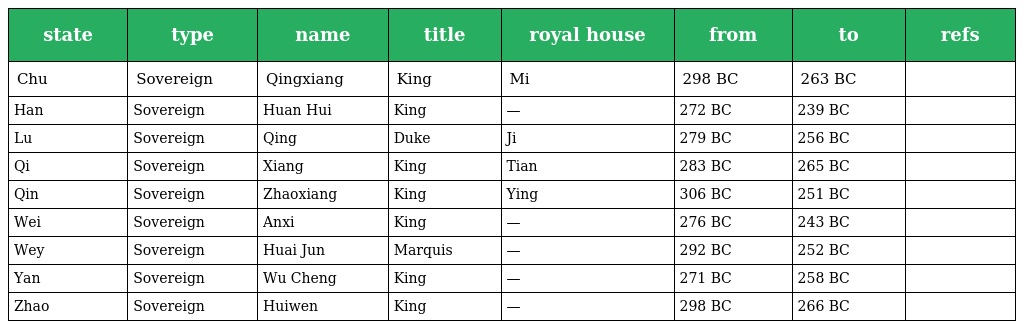
| state | type | name | title | royal house | from | to | refs |
 | --- | --- | --- | --- | --- | --- | --- | --- |
 | Chu | Sovereign | Qingxiang | King | Mi | 298 BC | 263 BC |  |
 | Han | Sovereign | Huan Hui | King | — | 272 BC | 239 BC |  |
 | Lu | Sovereign | Qing | Duke | Ji | 279 BC | 256 BC |  |
 | Qi | Sovereign | Xiang | King | Tian | 283 BC | 265 BC |  |
 | Qin | Sovereign | Zhaoxiang | King | Ying | 306 BC | 251 BC |  |
 | Wei | Sovereign | Anxi | King | — | 276 BC | 243 BC |  |
 | Wey | Sovereign | Huai Jun | Marquis | — | 292 BC | 252 BC |  |
 | Yan | Sovereign | Wu Cheng | King | — | 271 BC | 258 BC |  |
 | Zhao | Sovereign | Huiwen | King | — | 298 BC | 266 BC |  |